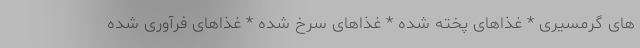
های گرمسیری * غذاهای پخته شده * غذاهای سرخ شده * غذاهای فرآوری شده